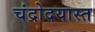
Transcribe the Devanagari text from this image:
चंद्रोदयास्त